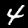
Digit: 4